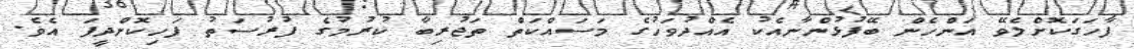
ފާހަގަކޮށްލެވޭ އަންހެން ބޭފުޅުންނާއެކު އެއްދުވަހުގެ މަސައްކަތް ތަޖުރިބާ ކުރުމުގެ ފުރުސަތު ފަހިކޮށްދީފަ އެވެ.